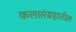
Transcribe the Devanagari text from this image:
कलासंग्रहातील